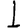
Digit: 1